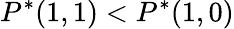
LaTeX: P^{*}(1,1)<P^{*}(1,0)